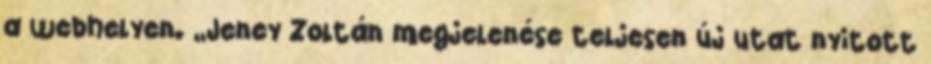
a webhelyen. „Jeney Zoltán megjelenése teljesen új utat nyitott